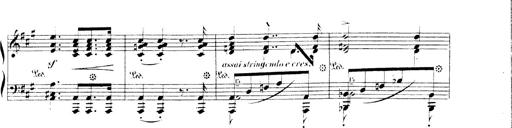
Title: 3 Chansons
Composer: Franz Liszt